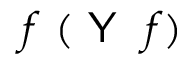
f \ ( { \textsf { Y } } \ f )